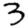
Digit: 3